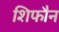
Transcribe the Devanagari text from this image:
शिफौन